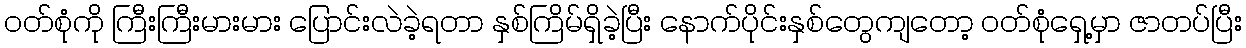
ဝတ်စုံကို ကြီးကြီးမားမား ပြောင်းလဲခဲ့ရတာ နှစ်ကြိမ်ရှိခဲ့ပြီး နောက်ပိုင်းနှစ်တွေကျတော့ ဝတ်စုံရှေ့မှာ ဇာတပ်ပြီး